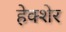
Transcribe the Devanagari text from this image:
हेक्शेर